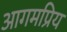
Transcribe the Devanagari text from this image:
आगमप्रिय